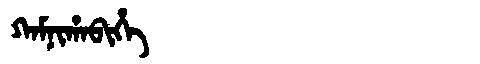
Manchu: ᡴᠠᠮᠨᡳᡥᠠᠪᡳᡥᡝ
Romanization: KAMNIHABIHE